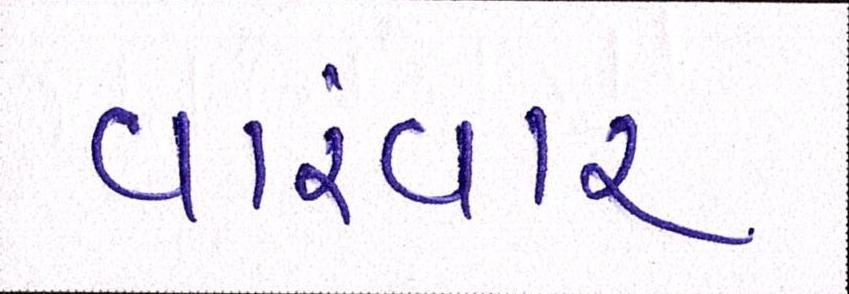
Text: વારંવાર